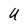
Character: U